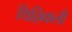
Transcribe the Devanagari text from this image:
थिल्लिकली